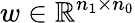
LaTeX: w\in\mathbb{R}^{n_{1}\times n_{0}}